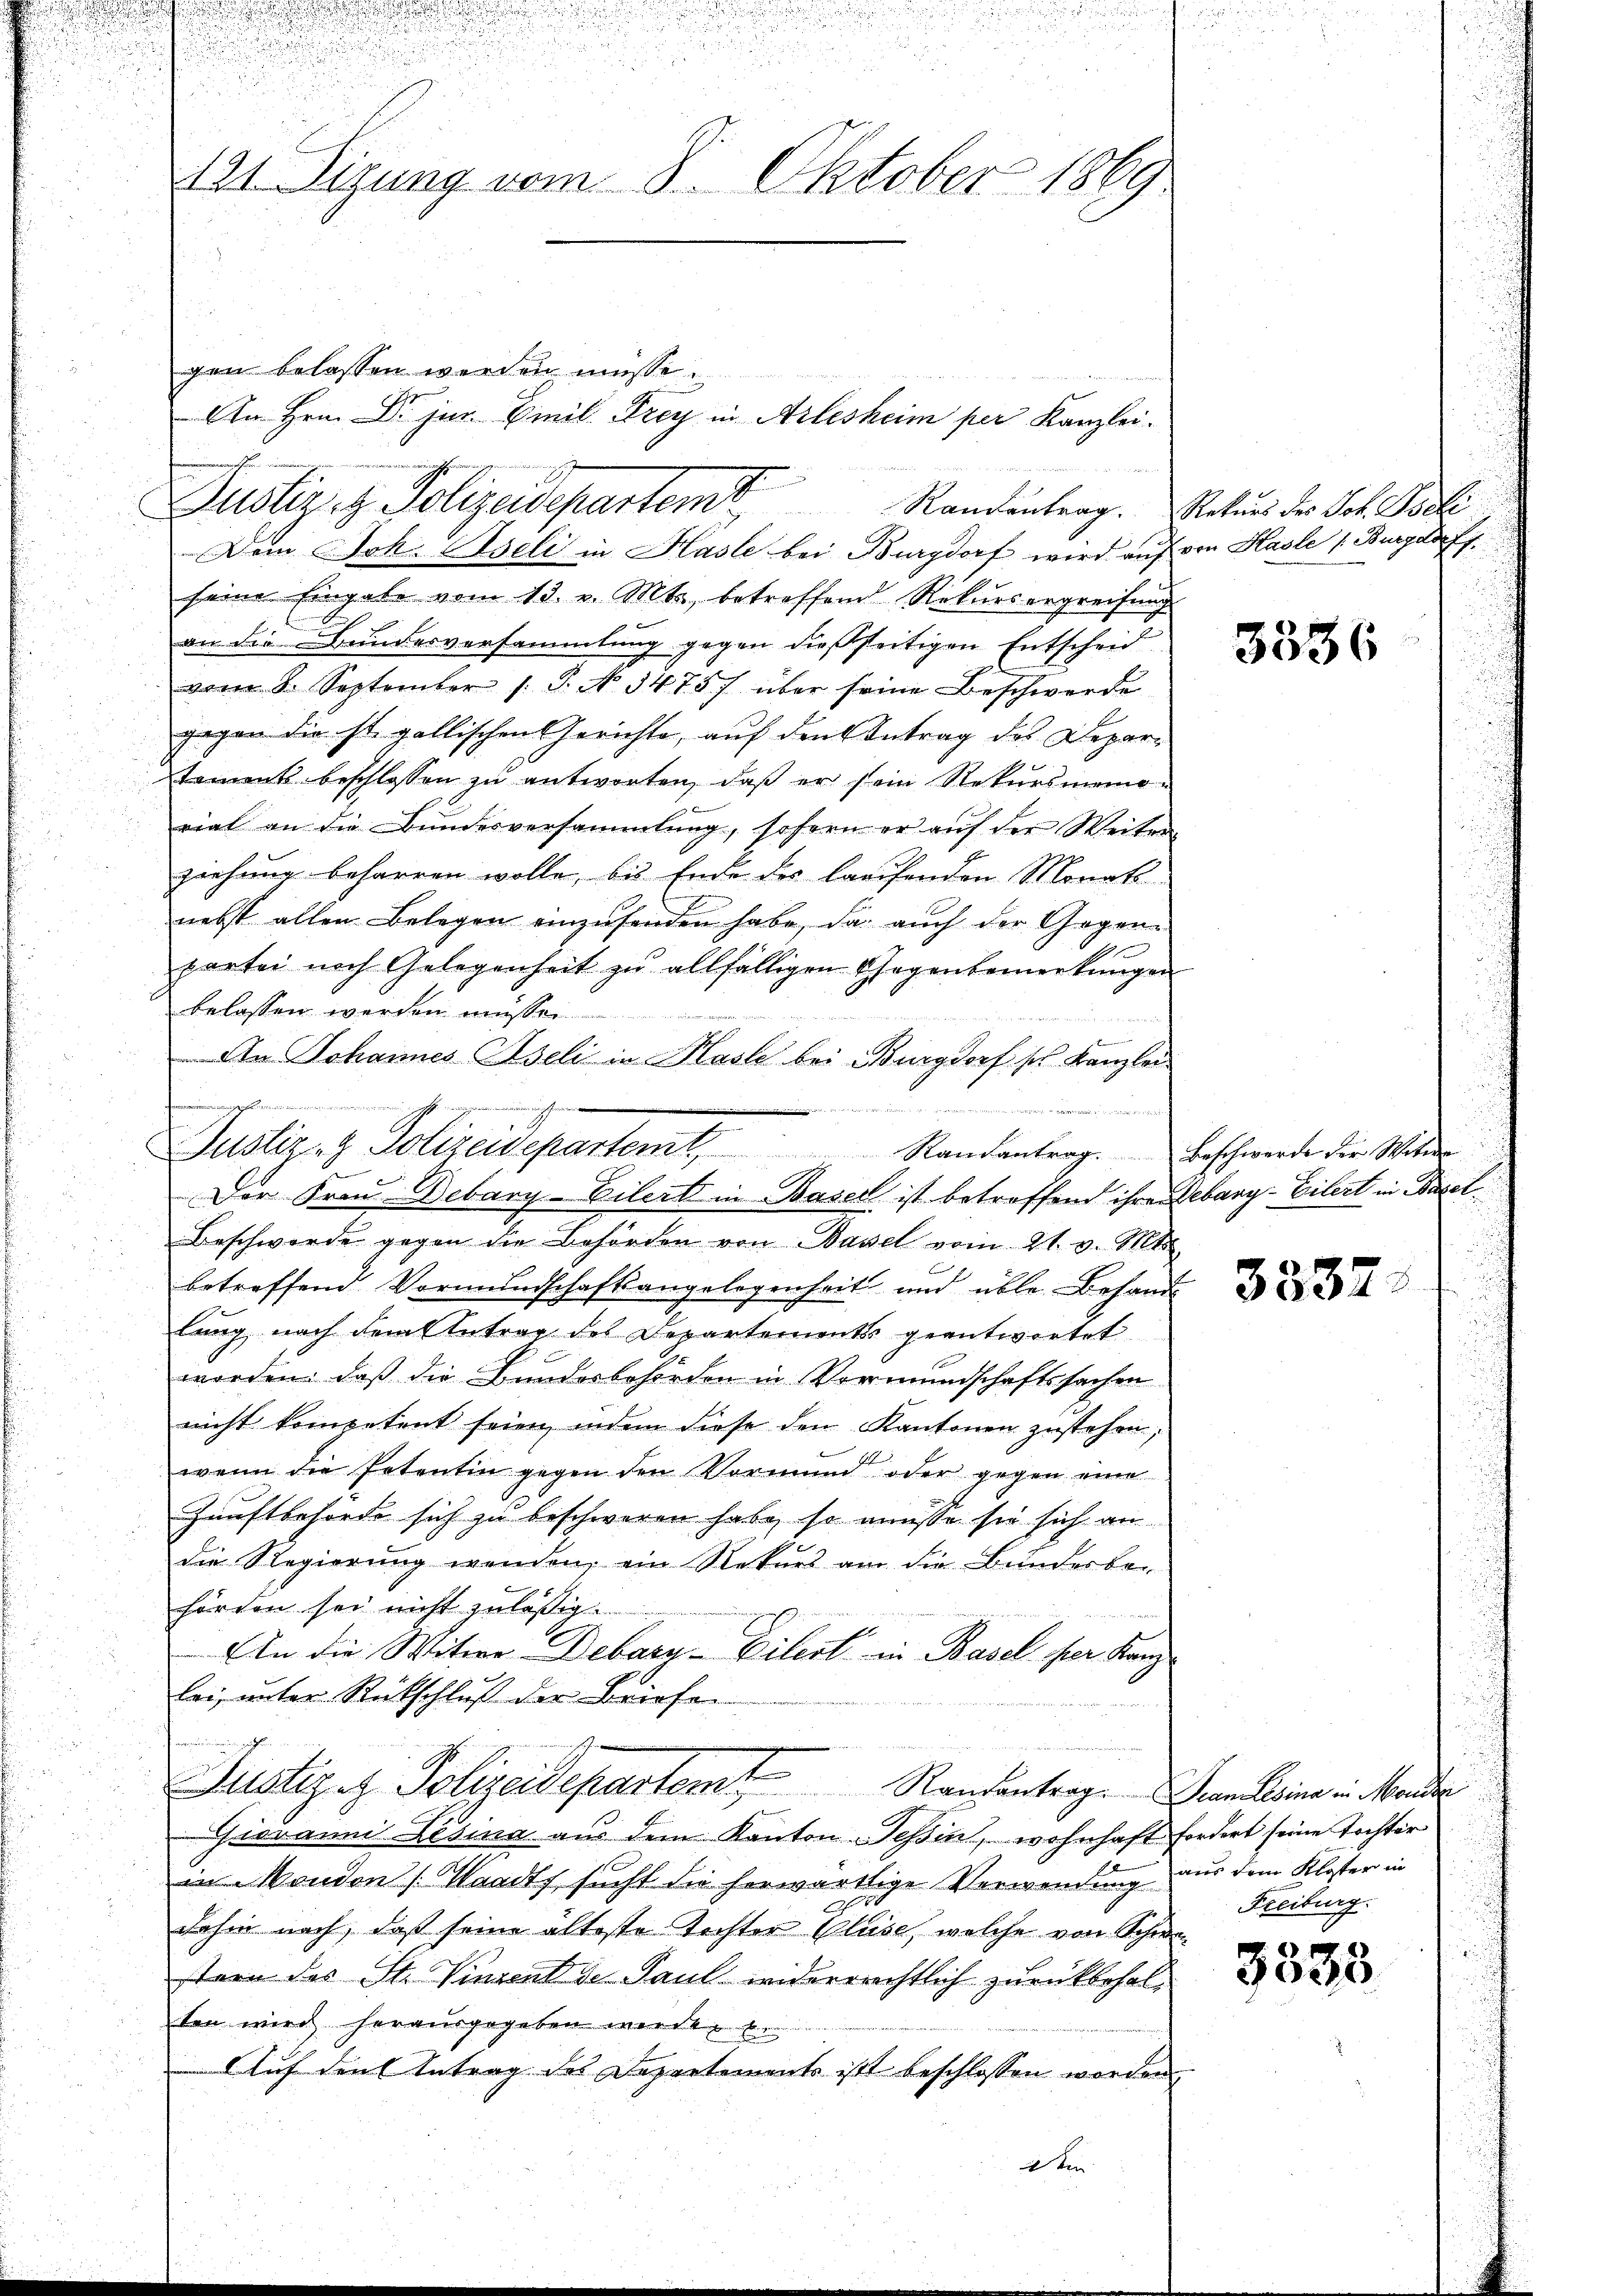
¬

82 f 0 x
zu den
121. Sizung vom 8. Oktober 1869

gen belassen werden müsse.
Dem Joh. Aseli in Hasle bei Burgdorf wird auf von Hasle (Burgdorff,
seine Eingabe vom 13. v. Mts., betreffend Rekursergreifung
an die Bundesversammlung gegen dießseitigen Entscheid
vom 8. September 1. P. N. 1475) über seine Beschwerde
gegen die ist. gallischen Gerichte, auf den Antrag des Departement beschlossen zu antworten, daß er sein Rekursmemoriat an die Bundesversammlung, sofern er auf der Weiter
ziehung beharren wolle, bis Ende des laufenden Monats-
nebst allen Belegen einzusenden habe, da auch der Gegenpartei noch Gelegenheit zu allfälligen Gegenbemerkungen
belassen werden müssen.
i
An Johannes Aseli in Hasle bei Burgdorf sch. Kanzlei
Beschwerde gegen die Behörden von Bassel vom 21. v. Mts.
betreffend Vormundschaftsangelegenheit und üble Behandlang nach dem Antrag des Departements geantwortet.
worden: daß die Bundesbehörden in Vormundschaftssachen
nicht kompetent seien, indem diese den Kantonen zustehen;
wenn die Petentin gegen den Vormund oder gegen eine
Zunftbehörde sich zu beschweren habe, so müsse sie sich an
die Regierung wenden, ein Rekurs am die Bunderbe-
hörden sei nicht zuläßig.
An die Witwe Debarn-Eilert in Basel ser Kanz
bei, unter Rückschluß der Briefen
reinsamerie in guten

Justiz & Polizeidepartem Randantrag. Jean Rosina in Mander
e
Giovanni Desina aus dem Kanton Tessin, wohnhaft fordert seine Tochter
in Monden (Waadt, sucht die herwärtige Verwendung aus dem Kloster in
dahin nach, daß seine älteste Tochter Cluse, welche von Schwastern des St. Vinzent de Paul widerrrechtlich zurückbehalten wird herausgegeben werden
Auf den Antrag des Departements ist beschlossen worden

Justiz & Polizeidepartem Randentrag. Natur der Vol. Parti

ansehenennen.
e
Justiz- & Polizeidepartem Randantrag. Beschwerde der Witw
Der Frau Debary-Eilert in Basel ist betreffend ihre Gebarg-Eilert in Basel¬

An Hrn. Dr. jur. Emil Frey in Arlesheim per Kanzlei.

2ten

3336

3332

Freiburg.

3535